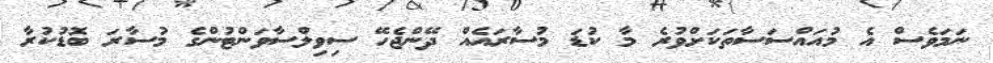
ނަމަވެސް އެ މުއައްސަސާތަކަށްވުރެ މާ ކުޑަ މުސާރައެއް ދޭންޖެހޭ ސިވިލްސާވަންޓުންގެ މުސާރަ ބޮޑުކުރާ